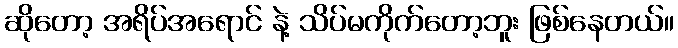
ဆိုတော့ အရိပ်အရောင် နဲ့ သိပ်မကိုက်တော့ဘူး ဖြစ်နေတယ်။